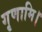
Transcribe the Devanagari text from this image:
गृणामि।